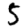
Digit: 5